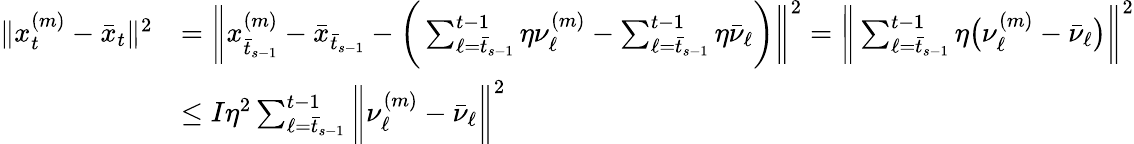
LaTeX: \begin{array}{rl}{\| x_{t}^{(m)}-\bar{x}_{t}\| ^{2}}&{=\bigg\| x_{\bar{t}_{s-1}}^{(m)}-\bar{x}_{\bar{t}_{s-1}}-\bigg(\sum_{\ell=\bar{t}_{s-1}}^{t-1}\eta\nu_{\ell}^{(m)}-\sum_{\ell=\bar{t}_{s-1}}^{t-1}\eta\bar{\nu}_{\ell}\bigg)\bigg\| ^{2}=\bigg\| \sum_{\ell=\bar{t}_{s-1}}^{t-1}\eta\big(\nu_{\ell}^{(m)}-\bar{\nu}_{\ell}\big)\bigg\| ^{2}}\\ &{\leq I\eta^{2}\sum_{\ell=\bar{t}_{s-1}}^{t-1}\bigg\| \nu_{\ell}^{(m)}-\bar{\nu}_{\ell}\bigg\| ^{2}}\end{array}